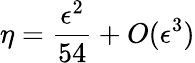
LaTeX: \eta={\frac{\epsilon^{2}}{54}}+O(\epsilon^{3})